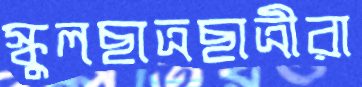
স্কুলছাত্রছাত্রীরা